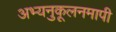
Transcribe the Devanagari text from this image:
अभ्यनुकूलनमापी